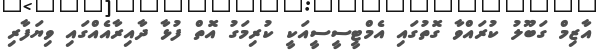
އާޒިމް ގަބޫލު ކުރައްވާ ގޮތުގައި އެމްޓީސީސީއަކީ ކުރިމަގު އޮތް ފުޅާ ދާއިރާއެއްގައި ވިޔަފާރި